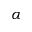
\alpha